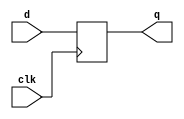
// This program was cloned from: https://github.com/aolofsson/oh
// License: MIT License

//#############################################################################
//# Function: Positive edge-triggered static D-type flop-flop                 #

//# Copyright: OH Project Authors. ALl rights Reserved.                       #
//# License:  MIT (see LICENSE file in OH repository)                         # 
//#############################################################################

module oh_dffq #(parameter DW = 1) // array width
   (
    input [DW-1:0] 	d,
    input [DW-1:0] 	clk,
    output reg [DW-1:0] q
    );
   
   always @ (posedge clk)
     q <= d;
   
endmodule